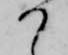
か